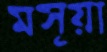
মসূয়া